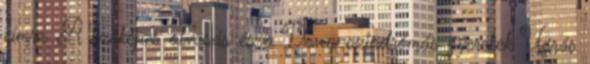
címre. A szóképes olvasás és a Down-szindrómás gyerekek Ugrás